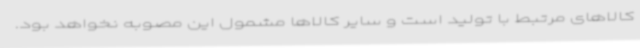
کالاهای مرتبط با تولید است و سایر کالاها مشمول این مصوبه نخواهد بود.